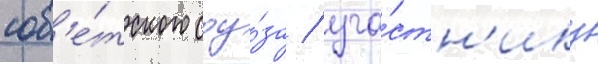
сов'е́тского соу́за / уча́стн'ику